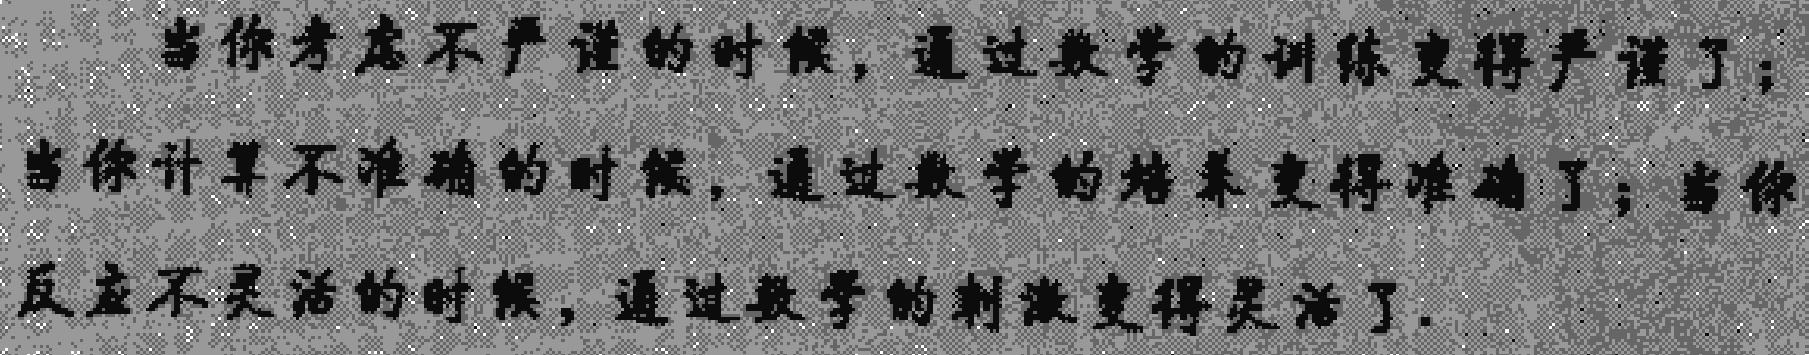
当你考虑不严谨的时候，通过数学的训练变得严谨了；当你计算不准确的时候，通过数学的培养变得准确了；当你反应不灵活的时候，通过数学的刺激变得灵活了.